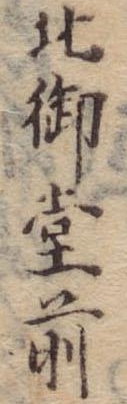
北御堂前